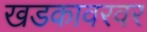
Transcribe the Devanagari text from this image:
खडकावरवर